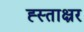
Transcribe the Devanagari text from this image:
ह्स्ताक्ष्रर